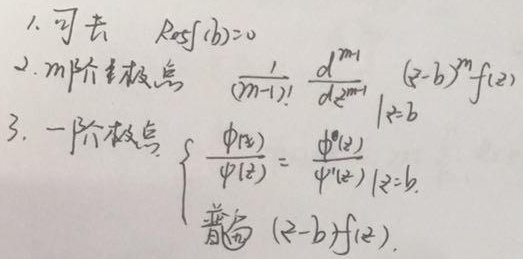
1. 可去，\(\text{Res}(b)=0\)
2. \(m\)阶极点，\(\frac{1}{(m - 1)!}\frac{d^{m - 1}}{dz^{m - 1}}(z - b)^{m}f(z)\big|_{z = b}\)
3. 一阶极点
\(\begin{cases}
\frac{\phi(z)}{\psi(z)}=\frac{\phi(b)}{\psi'(z)}\big|_{z = b}\\
\text{普遍 }(z - b)f(z)
\end{cases}\)